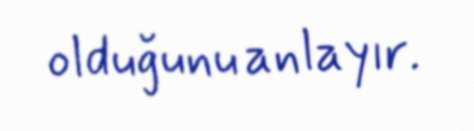
olduğunu anlayır.